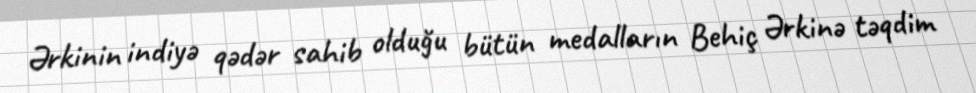
Ərkinin indiyə qədər sahib olduğu bütün medalların Behiç Ərkinə təqdim